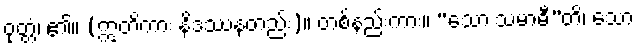
ဝုတ္တံ၊ ၏။ (ဣတိကား နိဒဿနတည်း)။ တစ်နည်းကား။ “သော သမာဓီ”တိ၊ သော